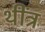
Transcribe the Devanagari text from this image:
थींत्र